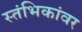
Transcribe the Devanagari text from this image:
स्तंभिकांवर